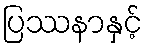
ပြဿနာနှင့်